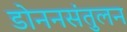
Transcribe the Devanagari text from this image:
डोननसंतुलन